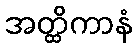
အတ္ထိကာနံ